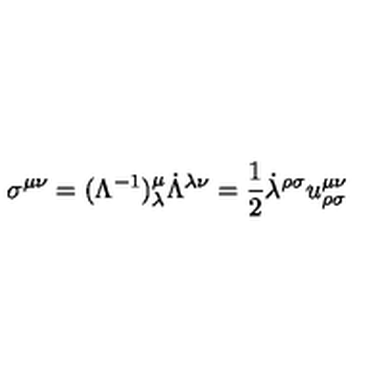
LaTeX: \sigma ^ { \mu \nu } = ( \Lambda ^ { - 1 } ) ^ { \mu } _ { \lambda } \dot { \Lambda } ^ { \lambda \nu } = \frac { 1 } { 2 } \dot { \lambda } ^ { \rho \sigma } u _ { \rho \sigma } ^ { \mu \nu }